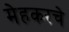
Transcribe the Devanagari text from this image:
मेहकरचे